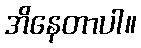
အိနေတာပါ။